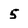
Character: 5